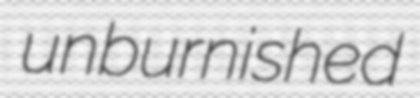
unburnished